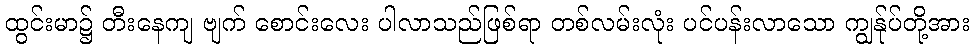
ထွင်းမာ၌ တီးနေကျ ဗျက် စောင်းလေး ပါလာသည်ဖြစ်ရာ တစ်လမ်းလုံး ပင်ပန်းလာသော ကျွန်ုပ်တို့အား